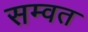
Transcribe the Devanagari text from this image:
सम्‍वत